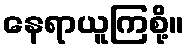
နေရာယူကြစို့။